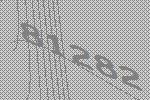
81282